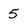
Character: 5